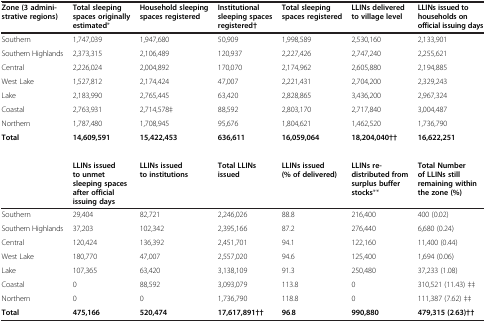
<table><thead><tr><td><b>Zone (3 admini-strative regions)</b></td><td><b>Total sleeping spaces originally estimated*</b></td><td><b>Household sleeping spaces registered</b></td><td><b>Institutional sleeping spaces registered†</b></td><td><b>Total sleeping spaces registered</b></td><td><b>LLINs delivered to village level</b></td><td><b>LLINs issued to households on official issuing days</b></td></tr></thead><tbody><tr><td>Southern</td><td>1,747,039</td><td>1,947,680</td><td>50,909</td><td>1,998,589</td><td>2,530,160</td><td>2,133,901</td></tr><tr><td>Southern Highlands</td><td>2,373,315</td><td>2,106,489</td><td>120,937</td><td>2,227,426</td><td>2,747,240</td><td>2,255,621</td></tr><tr><td>Central</td><td>2,226,024</td><td>2,004,892</td><td>170,070</td><td>2,174,962</td><td>2,605,880</td><td>2,194,885</td></tr><tr><td>West Lake</td><td>1,527,812</td><td>2,174,424</td><td>47,007</td><td>2,221,431</td><td>2,704,200</td><td>2,329,243</td></tr><tr><td>Lake</td><td>2,183,990</td><td>2,765,445</td><td>63,420</td><td>2,828,865</td><td>3,436,200</td><td>2,967,324</td></tr><tr><td>Coastal</td><td>2,763,931</td><td>2,714,578‡</td><td>88,592</td><td>2,803,170</td><td>2,717,840</td><td>3,004,487</td></tr><tr><td>Northern</td><td>1,787,480</td><td>1,708,945</td><td>95,676</td><td>1,804,621</td><td>1,462,520</td><td>1,736,790</td></tr><tr><td><b>Total</b></td><td><b>14,</b><b>609,</b><b>591</b></td><td><b>15,</b><b>422,</b><b>453</b></td><td><b>636,</b><b>611</b></td><td><b>16,</b><b>059,</b><b>064</b></td><td><b>18,</b><b>204,</b><b>040††</b></td><td><b>16,</b><b>622,</b><b>251</b></td></tr><tr><td colspan="7"> </td></tr><tr><td> </td><td><b>LLINs issued to unmet sleeping spaces after official issuing days</b></td><td><b>LLINs issued to institutions</b></td><td><b>Total LLINs issued</b></td><td><b>LLINs issued (% </b><b>of delivered)</b></td><td><b>LLINs re-</b><b>distributed from surplus buffer stocks</b>**</td><td><b>Total Number of LLINs still remaining within the zone (%)</b></td></tr><tr><td>Southern</td><td>29,404</td><td>82,721</td><td>2,246,026</td><td>88.8</td><td>216,400</td><td>400 (0.02)</td></tr><tr><td>Southern Highlands</td><td>37,203</td><td>102,342</td><td>2,395,166</td><td>87.2</td><td>276,440</td><td>6,680 (0.24)</td></tr><tr><td>Central</td><td>120,424</td><td>136,392</td><td>2,451,701</td><td>94.1</td><td>122,160</td><td>11,400 (0.44)</td></tr><tr><td>West Lake</td><td>180,770</td><td>47,007</td><td>2,557,020</td><td>94.6</td><td>125,400</td><td>1,694 (0.06)</td></tr><tr><td>Lake</td><td>107,365</td><td>63,420</td><td>3,138,109</td><td>91.3</td><td>250,480</td><td>37,233 (1.08)</td></tr><tr><td>Coastal</td><td>0</td><td>88,592</td><td>3,093,079</td><td>113.8</td><td>0</td><td>310,521 (11.43) ‡‡</td></tr><tr><td>Northern</td><td>0</td><td>0</td><td>1,736,790</td><td>118.8</td><td>0</td><td>111,387 (7.62) ‡‡</td></tr><tr><td><b>Total</b></td><td><b>475,</b><b>166</b></td><td><b>520,</b><b>474</b></td><td><b>17,</b><b>617,</b><b>891††</b></td><td><b>96</b>.<b>8</b></td><td><b>990,</b><b>880</b></td><td><b>479,</b><b>315</b><b> (2</b>.<b>63)††</b></td></tr></tbody></table>